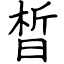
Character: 晳